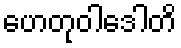
ဟေတုဝါဒေါတိ